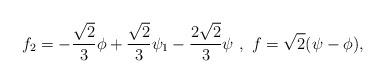
LaTeX: \begin{align*}f_2 = - \frac{\sqrt{2}}{3} \phi + \frac{\sqrt{2}}{3} \psi_1 - \frac{2 \sqrt{2}}{3} \psi \ , \ f = \sqrt{2} (\psi - \phi ) ,\end{align*}